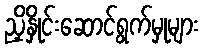
ညှိနှိုင်းဆောင်ရွက်မှုများ